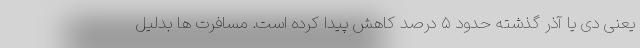
یعنی دی یا آذر گذشته حدود ۵ درصد کاهش پیدا کرده است. مسافرت ها بدلیل